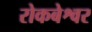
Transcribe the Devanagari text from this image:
रोकबेश्वर